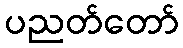
ပညတ်တော်